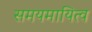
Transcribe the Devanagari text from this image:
समयमायित्व